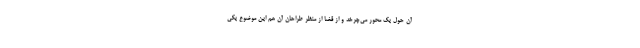
آن حول یک محور می‌چرخد و از قضا از منظر طراحان آن هم این موضوع یکی